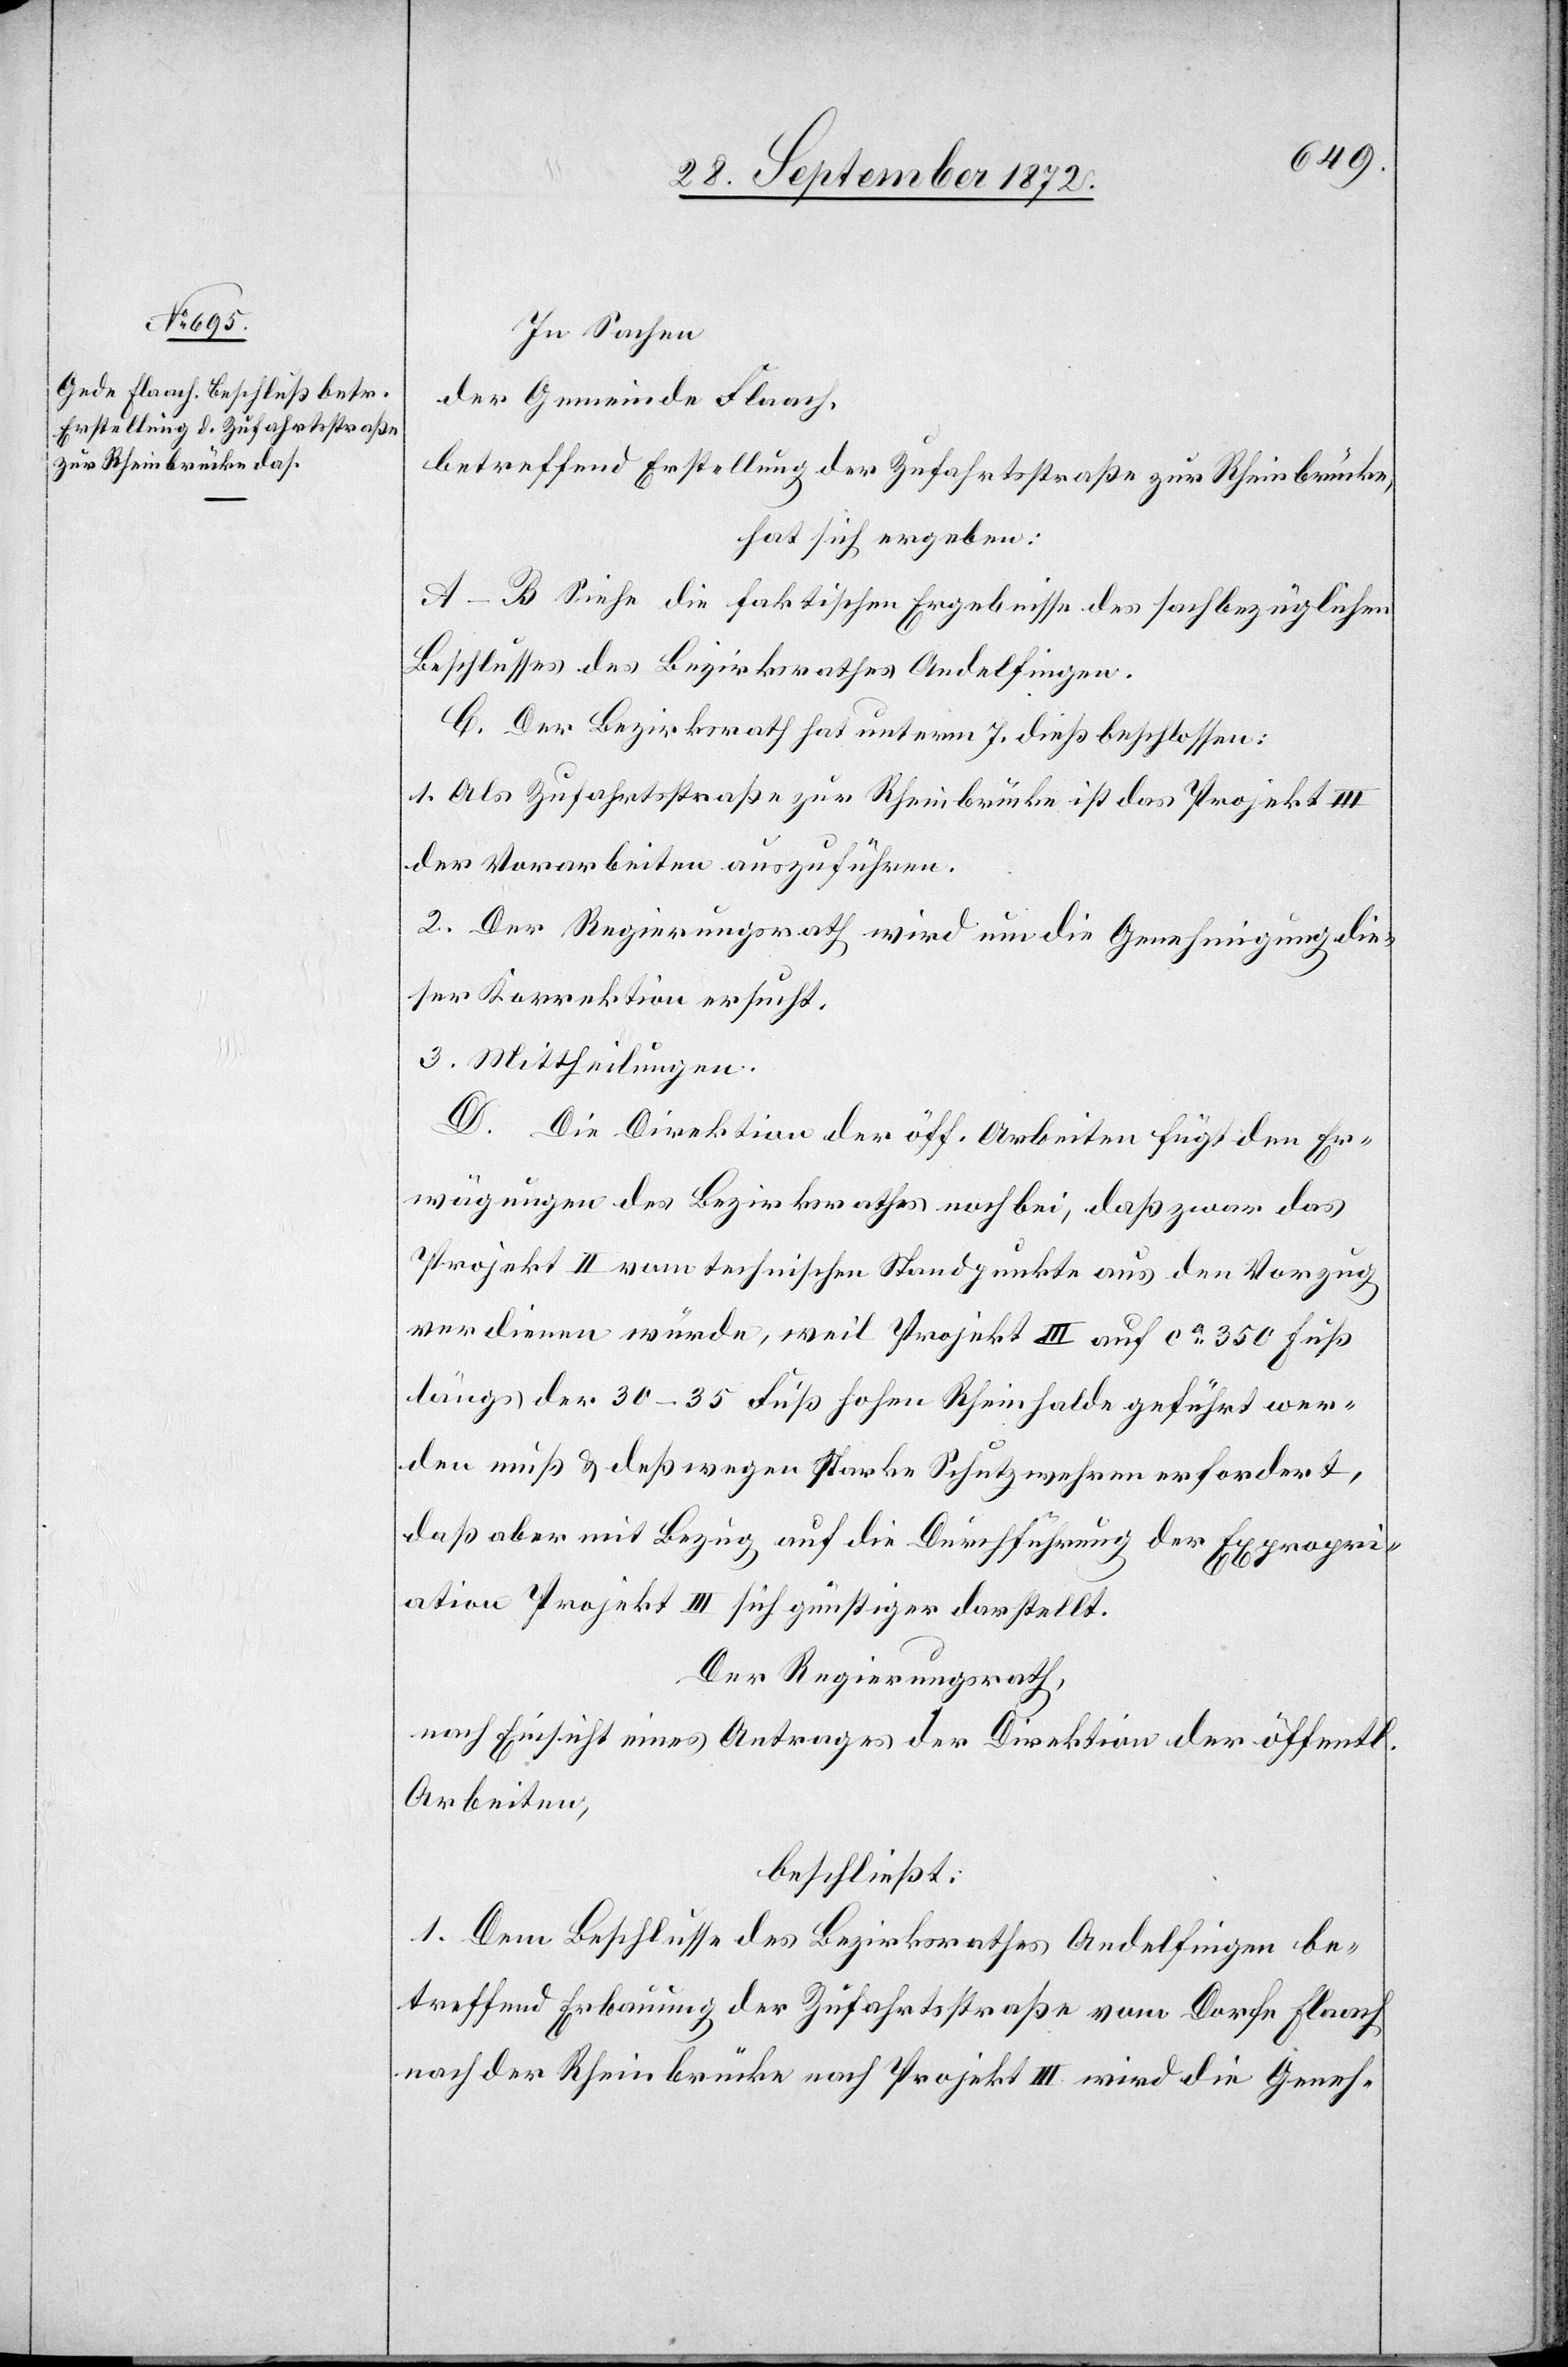
In Sachen
der Gemeinde Flaach,
betreffend Erstellung der Zufahrtsstraße zur Rheinbrücke,
hat sich ergeben:
A–B Siehe die faktischen Ergebnisse des sachbezüglichen
Beshlusses des Bezirksrathes Andelfingen.
C. Der Bezirksrath hat unterm 7. dieß beschlossen:
1. Als Zufahrtsstraße zur Rheinbrücke ist das Projekt III
der Vorarbeiten auszuführen.
2. Der Regierungsrath wird um die Genehmigung die¬
ser Korrektion ersucht.
3. Mittheilung.
D. Die Direktion der öff. Arbeiten fügt den Er¬
wägungen des Bezirksrathes noch bei, daß zwar das
Projekt II vom technischen Standpunkte aus den Vorzug
verdienen würde, weil Projekt III auf ca 350 Fuß
längs der 30–35 Fuß hohen Rheinhalde geführt wer¬
den muß u. deßwegen starke Schutzwehren erfordert,
daß aber mit Bezug auf die Durchführung der
Expropri¬
ation Projekt III sich günstiger darstellt.
Der Regierungsrath,
nach Einsicht eines Antrages der Direktion der öffentl.
Arbeiten,
beschließt:
1. Dem Beschlusse des Bezirksrathes Andelfingen be¬
treffend Erbauung der Zufahrtsstraße vom Dorfe Flaach
nach der Rheinbrücke nach Projekt III wird die Geneh-